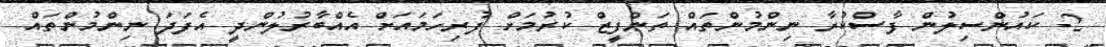
2- ކައުންސިލުން ފާސްކުރާ ނިންމުންތައް ތަންފީޒް ކުރުމަށް ފުރިހަމައަށް އެއްބާރުލުންދީ އެފަދަ ނިންމުންތައް